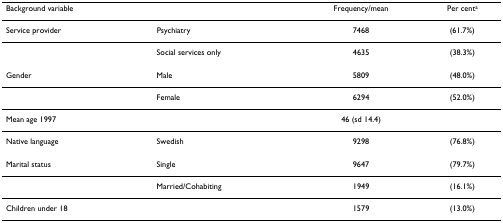
<table><thead><tr><td><b>Background variable</b></td><td></td><td><b>Frequency/mean</b></td><td><b>Per cent<sup>a</sup></b></td></tr></thead><tbody><tr><td>Service provider</td><td>Psychiatry</td><td>7468</td><td>(61.7%)</td></tr><tr><td></td><td>Social services only</td><td>4635</td><td>(38.3%)</td></tr><tr><td>Gender</td><td>Male</td><td>5809</td><td>(48.0%)</td></tr><tr><td></td><td>Female</td><td>6294</td><td>(52.0%)</td></tr><tr><td>Mean age 1997</td><td></td><td>46 (sd 14.4)</td><td></td></tr><tr><td>Native language</td><td>Swedish</td><td>9298</td><td>(76.8%)</td></tr><tr><td>Marital status</td><td>Single</td><td>9647</td><td>(79.7%)</td></tr><tr><td></td><td>Married/Cohabiting</td><td>1949</td><td>(16.1%)</td></tr><tr><td>Children under 18</td><td></td><td>1579</td><td>(13.0%)</td></tr></tbody></table>